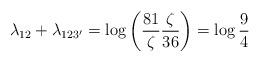
LaTeX: \begin{align*}\lambda_{12}+\lambda_{123'}&=\log \left(\frac{81}{\zeta}\frac{\zeta}{36}\right) =\log \frac{9}{4}\end{align*}